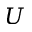
U